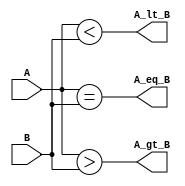
`timescale 1ns / 1ps
//////////////////////////////////////////////////////////////////////////////////
// Company: 
// Engineer: 
// 
// Design Name: 
// Module Name: fourBitcomparator
// Project Name: 
// Target Devices: 
// Tool Versions: 
// Description: 
// 
// Dependencies: 
// 
// Revision:
// Revision 0.01 - File Created
// Additional Comments:
// 
//////////////////////////////////////////////////////////////////////////////////

// Malak Majeedullah khan

module fourBitcomparator(A_lt_B, A_gt_B, A_eq_B, A, B); //declaring module
input [3:0] A, B; // declaring aray input
output A_lt_B, A_gt_B, A_eq_B; // declaring array output
assign A_lt_B = A < B; // less than operator
assign A_gt_B = A > B; // greater than operator
assign A_eq_B = A == B; // equal to operator
endmodule



//module Comparator_4bit_TB();
//reg [3:0] A, B;
//wire A_lt_B, A_gt_B, A_eq_B;
//// instantiation
//fourBitcomparator inst(A_lt_B, A_gt_B, A_eq_B, A, B);
////
//initial
//begin
//#00 A = 2; B = 3; // A < B condition
//#10 A = 7; B = 6 ; // A > B condition
//#10 A = 5; B = 5; // A = B condition
//#10 $stop;
//end
//initial
//begin
//$display("Author:Malak Majeedullah khan Khan\n");

//$monitor($time,"ns -- A=%d, B=%d, A_lt_B=%b, A_gt_B=%b,A_eq_B=%b" , A,B,A_lt_B, A_gt_B, A_eq_B);
//end
//endmodule